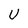
Character: U